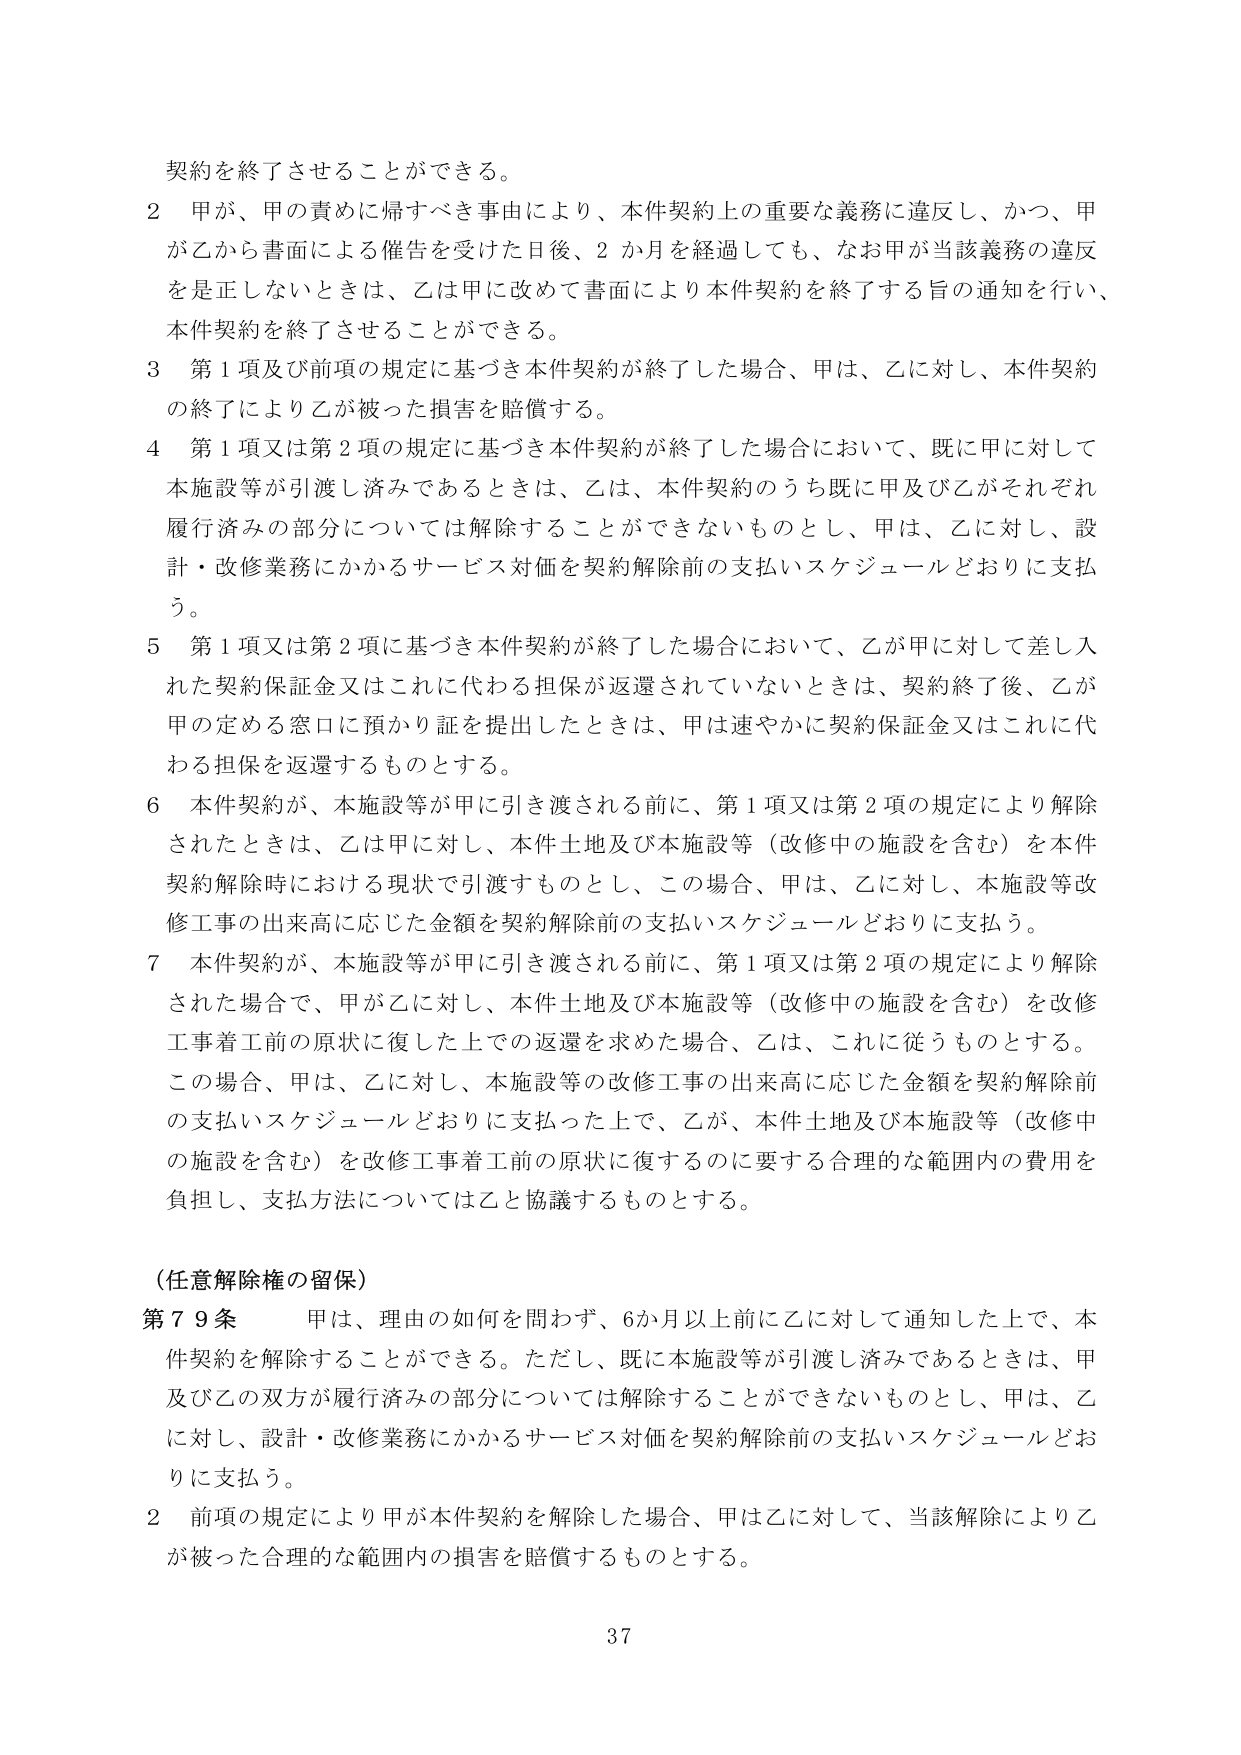
契約を終了させることができる。

2 甲が、甲の責めに帰すべき事由により、本件契約上の重要な義務に違反し、かつ、甲が乙から書面による催告を受けた日後、2か月を経過しても、なお甲が当該義務の違反を是正しないときは、乙は甲に改めて書面により本件契約を終了する旨の通知を行い、本件契約を終了させることができる。

3 第1項及び前項の規定に基づき本件契約が終了した場合、甲は、乙に対し、本件契約の終了により乙が被った損害を賠償する。

4 第1項又は第2項の規定に基づき本件契約が終了した場合において、既に甲に対して本施設等が引渡し済みであるときは、乙は、本件契約のうち既に甲及び乙がそれぞれ履行済みの部分については解除することができないものとし、甲は、乙に対し、設計・改修業務にかかるサービス対価を契約解除前の支払いスケジュールどおりに支払う。

5 第1項又は第2項に基づき本件契約が終了した場合において、乙が甲に対して差し入れた契約保証金又はこれに代わる担保が返還されていないときは、契約終了後、乙が甲の定める窓口に預かり証を提出したときは、甲は速やかに契約保証金又はこれに代わる担保を返還するものとする。

6 本件契約が、本施設等が甲に引き渡される前に、第1項又は第2項の規定により解除されたときは、乙は甲に対し、本件土地及び本施設等（改修中の施設を含む）を本件契約解除時における現状で引渡すものとし、この場合、甲は、乙に対し、本施設等改修工事の出来高に応じた金額を契約解除前の支払いスケジュールどおりに支払う。

7 本件契約が、本施設等が甲に引き渡される前に、第1項又は第2項の規定により解除された場合で、甲が乙に対し、本件土地及び本施設等（改修中の施設を含む）を改修工事着工前の原状に復した上での返還を求めた場合、乙は、これに従うものとする。この場合、甲は、乙に対し、本施設等の改修工事の出来高に応じた金額を契約解除前の支払いスケジュールどおりに支払った上で、乙が、本件土地及び本施設等（改修中の施設を含む）を改修工事着工前の原状に復するのに要する合理的な範囲内の費用を負担し、支払方法については乙と協議するものとする。

（任意解除権の留保）

第79条 甲は、理由の如何を問わず、6か月以上前に乙に対して通知した上で、本件契約を解除することができる。ただし、既に本施設等が引渡し済みであるときは、甲及び乙の双方が履行済みの部分については解除することができないものとし、甲は、乙に対し、設計・改修業務にかかるサービス対価を契約解除前の支払いスケジュールどおりに支払う。

2 前項の規定により甲が本件契約を解除した場合、甲は乙に対して、当該解除により乙が被った合理的な範囲内の損害を賠償するものとする。

37